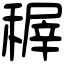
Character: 稺